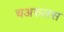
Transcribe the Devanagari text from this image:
चअरुलस